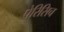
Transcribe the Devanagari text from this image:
पेरिसिच